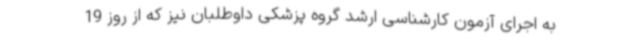
به اجرای آزمون کارشناسی ارشد گروه پزشکی داوطلبان نیز که از روز 19